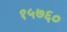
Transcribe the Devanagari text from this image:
१५७६०